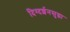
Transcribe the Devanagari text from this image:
दिग्दर्शनसुद्धा